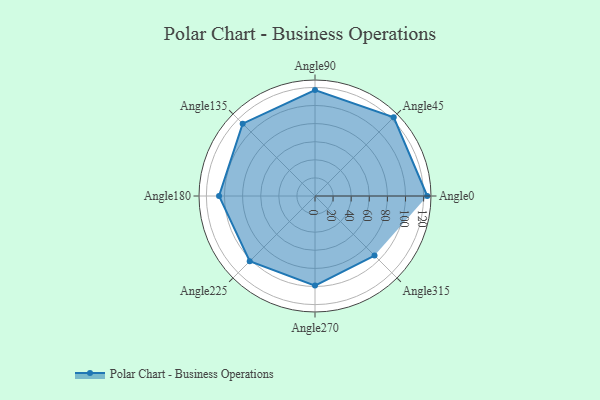
{"axis": {"x": "Angle", "y": "Radius"}, "legend": [""], "data": [{"x": "Angle0", "y": 124.0, "type": ""}, {"x": "Angle45", "y": 123.0, "type": ""}, {"x": "Angle90", "y": 117.0, "type": ""}, {"x": "Angle135", "y": 113.0, "type": ""}, {"x": "Angle180", "y": 106.0, "type": ""}, {"x": "Angle225", "y": 102.0, "type": ""}, {"x": "Angle270", "y": 99.0, "type": ""}, {"x": "Angle315", "y": 93.0, "type": ""}]}